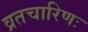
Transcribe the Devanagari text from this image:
व्रतचारिणः